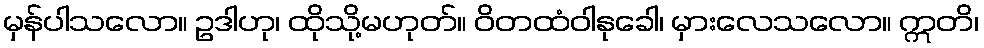
မှန်ပါသလော။ ဥဒါဟု၊ ထိုသို့မဟုတ်။ ဝိတထံဝါနုခေါ၊ မှားလေသလော။ ဣတိ၊